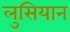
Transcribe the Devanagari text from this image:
लुसियान